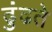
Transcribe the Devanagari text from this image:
ढुंढते